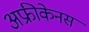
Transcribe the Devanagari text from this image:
अफ्रीकेनस